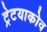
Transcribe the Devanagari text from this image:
ट्रेटयाकोव